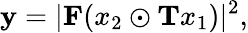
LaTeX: \mathbf{y}=|\mathbf{{F}}(x_{2}\odot\mathbf{{T}}x_{1})|^{2},